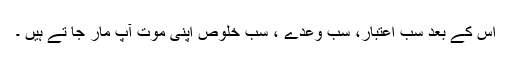
اس کے بعد سب اعتبار، سب وعدے ، سب خلوص اپنی موت آپ مار جا تے ہیں ۔